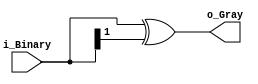
module Binary_Gray #(parameter N=2)(i_Binary,o_Gray);

input wire [N-1:0] i_Binary;
output wire [N-1:0] o_Gray;

assign o_Gray = i_Binary ^ (i_Binary >> 1);

endmodule